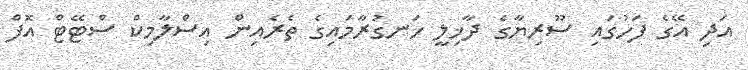
އަދި އޭގެ ފަހުގައި ސޫރިޔާގެ ދާޚިލީ ހަނގުރާމައިގެ ތެރެއިން އިސްލާމިކް ސްޓޭޓް އޮފް